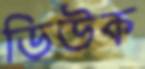
ডিউক